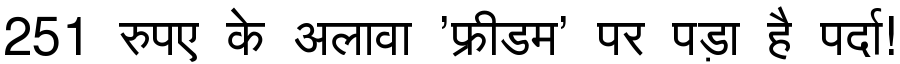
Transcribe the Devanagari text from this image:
251 रुपए के अलावा 'फ्रीडम' पर पड़ा है पर्दा!